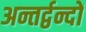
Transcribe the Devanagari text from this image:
अन्तर्द्वन्दों